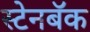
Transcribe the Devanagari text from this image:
स्टेनबॅक